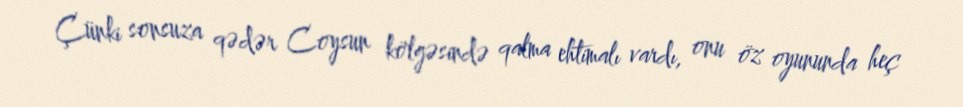
Çünki sonsuza qədər Coysun kölgəsində qalma ehtimalı vardı, onu öz oyununda heç